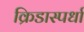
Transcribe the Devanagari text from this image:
क्रिडास्पर्धा